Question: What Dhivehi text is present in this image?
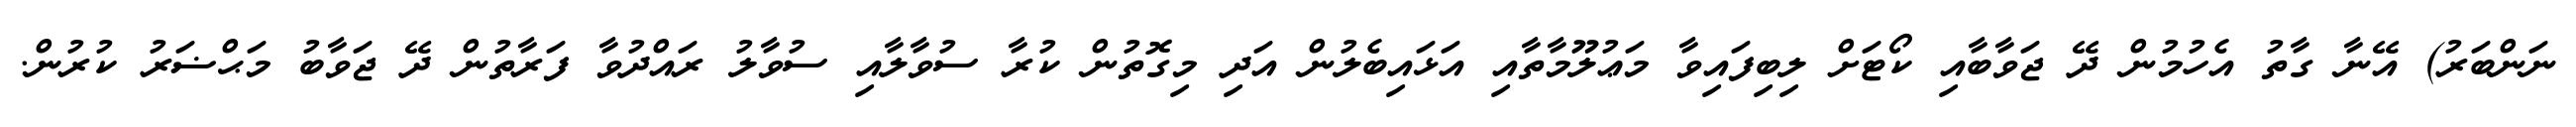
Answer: ނަންބަރު) އޭނާ ގާތު އެހުމުން ދޭ ޖަވާބާއި ކޯޓަށް ލިބިފައިވާ މަޢުލޫމާތާއި އަޅައިބެލުން އަދި މިގޮތުން ކުރާ ސުވާލާއި ސުވާލު ރައްދުވާ ފަރާތުން ދޭ ޖަވާބު މަޙްޟަރު ކުރުން.